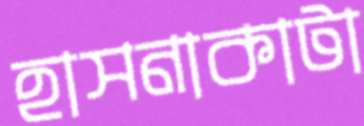
হাসনাকাটা